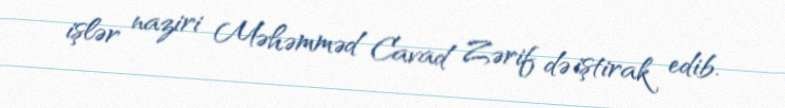
işlər naziri Məhəmməd Cavad Zərif də iştirak edib.